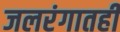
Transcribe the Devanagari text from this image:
जलरंगातही